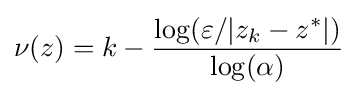
\nu (z)=k-{\frac {\log(\varepsilon /|z_{k}-z^{*}|)}{\log(\alpha )}}